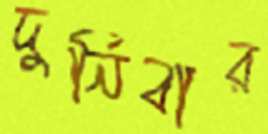
দুর্নিবার